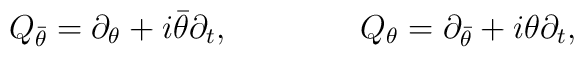
Q_{\bar{\theta }}=\partial _{\theta }+i\bar{\theta }\partial _{t},\qquad\qquad Q_{\theta }=\partial _{\bar{\theta }}+i\theta \partial _{t},